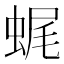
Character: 𧋦